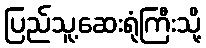
ပြည်သူ့ဆေးရုံကြီးသို့